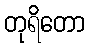
တုရိတော